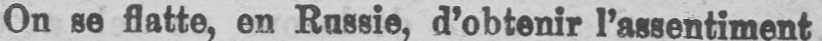
On se flatte, en Rassie, d’obtenir l’assentiment